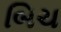
બિચ